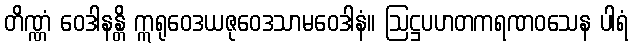
တိဏ္ဏံ ဝေဒါနန္တိ ဣရုဝေဒယဇုဝေဒသာမဝေဒါနံ။ ဩဋ္ဌပဟတကရဏဝသေန ပါရံ